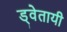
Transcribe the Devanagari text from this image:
ड्वेतायी